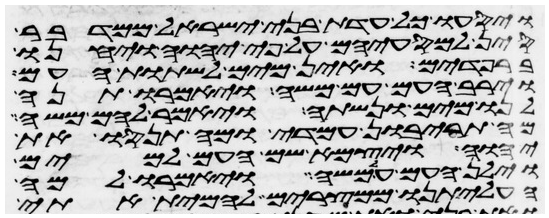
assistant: ויסעו כל עדת בני ישראל ממדבר
סין למסעיהם על פי יהוה ויחנו
ברפידים ואין מים לשתות העם
וירב העם עם משה ויאמר תנה
לנו מים ונשתה ויאמר להם משה
מה תריבון עמדי ומה תנסו את
יהוה ויצמא שם העם למים
וילן העם על משה ויאמרו למה
העליתנו ממצרים להמית אתי